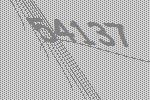
54137